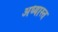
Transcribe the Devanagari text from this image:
अध्यास्त